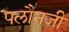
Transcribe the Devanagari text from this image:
पलौनजी